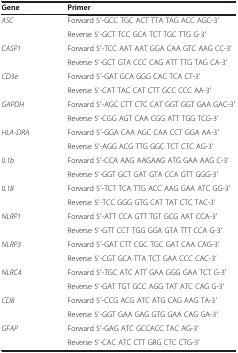
<table><thead><tr><td><b>Gene</b></td><td><b>Primer</b></td></tr></thead><tbody><tr><td><i>ASC</i></td><td>Forward 5′-GCC TGC ACT TTA TAG ACC AGC-3′</td></tr><tr><td> </td><td>Reverse 5′-GCT TCC GCA TCT TGC TTG G-3′</td></tr><tr><td><i>CASP1</i></td><td>Forward 5′-TCC AAT AAT GGA CAA GTC AAG CC-3′</td></tr><tr><td> </td><td>Reverse 5′-GCT GTA CCC CAG ATT TTG TAG CA-3′</td></tr><tr><td><i>CD3e</i></td><td>Forward 5′-GAT GCA GGG CAC TCA CT-3′</td></tr><tr><td> </td><td>Reverse 5′-CAT TAC CAT CTT GCC CCC AA-3′</td></tr><tr><td><i>GAPDH</i></td><td>Forward 5′-AGC CTT CTC CAT GGT GGT GAA GAC-3′</td></tr><tr><td> </td><td>Reverse 5′-CGG AGT CAA CGG ATT TGG TCG-3′</td></tr><tr><td><i>HLA-DRA</i></td><td>Forward 5′-GGA CAA AGC CAA CCT GGA AA-3′</td></tr><tr><td> </td><td>Reverse 5′-AGG ACG TTG GGC TCT CTC AG-3′</td></tr><tr><td><i>IL1b</i></td><td>Forward 5′-CCA AAG AAGAAG ATG GAA AAG C-3′</td></tr><tr><td> </td><td>Reverse 5′-GGT GCT GAT GTA CCA GTT GGG-3′</td></tr><tr><td><i>IL18</i></td><td>Forward 5′-TCT TCA TTG ACC AAG GAA ATC GG-3′</td></tr><tr><td> </td><td>Reverse 5′-TCC GGG GTG CAT TAT CTC TAC-3′</td></tr><tr><td><i>NLRP1</i></td><td>Forward 5′-ATT CCA GTT TGT GCG AAT CCA-3′</td></tr><tr><td> </td><td>Reverse 5′-GTT CCT TGG GGA GTA TTT CCA G-3′</td></tr><tr><td><i>NLRP3</i></td><td>Forward 5′-GAT CTT CGC TGC GAT CAA CAG-3′</td></tr><tr><td> </td><td>Reverse 5′-CGT GCA TTA TCT GAA CCC CAC-3′</td></tr><tr><td><i>NLRC4</i></td><td>Forward 5′-TGC ATC ATT GAA GGG GAA TCT G-3′</td></tr><tr><td> </td><td>Reverse 5′-GAT TGT GCC AGG TAT ATC CAG G-3′</td></tr><tr><td><i>CD8</i></td><td>Forward 5′-CCG ACG ATC ATG CAG AAG TA-3′</td></tr><tr><td> </td><td>Reverse 5′-GGT GAA GAG GTG GAA CAG GA-3′</td></tr><tr><td><i>GFAP</i></td><td>Forward 5′-GAG ATC GCCACC TAC AG-3′</td></tr><tr><td> </td><td>Reverse 5′-CAC ATC CTT GRG CTC CTG-3′</td></tr></tbody></table>